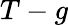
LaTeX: T-g